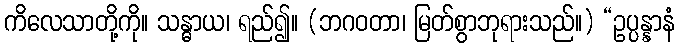
ကိလေသာတို့ကို။ သန္ဓာယ၊ ရည်၍။ (ဘဂဝတာ၊ မြတ်စွာဘုရားသည်။) “ဥပ္ပန္နာနံ